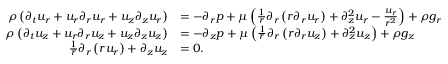
{ \begin{array} { r l } { \rho \left( { \partial _ { t } u _ { r } } + u _ { r } { \partial _ { r } u _ { r } } + u _ { z } { \partial _ { z } u _ { r } } \right) } & { = - { \partial _ { r } p } + \mu \left( { \frac { 1 } { r } } \partial _ { r } \left( r { \partial _ { r } u _ { r } } \right) + { \partial _ { z } ^ { 2 } u _ { r } } - { \frac { u _ { r } } { r ^ { 2 } } } \right) + \rho g _ { r } } \\ { \rho \left( { \partial _ { t } u _ { z } } + u _ { r } { \partial _ { r } u _ { z } } + u _ { z } { \partial _ { z } u _ { z } } \right) } & { = - { \partial _ { z } p } + \mu \left( { \frac { 1 } { r } } \partial _ { r } \left( r { \partial _ { r } u _ { z } } \right) + { \partial _ { z } ^ { 2 } u _ { z } } \right) + \rho g _ { z } } \\ { { \frac { 1 } { r } } \partial _ { r } \left( r u _ { r } \right) + { \partial _ { z } u _ { z } } } & { = 0 . } \end{array} }